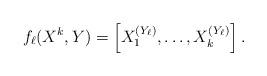
LaTeX: \begin{align*}f_\ell(X^k, Y)=\left[X_1^{(Y_{\ell})}, \ldots, X_k^{(Y_{\ell})}\right].\end{align*}